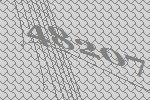
48207